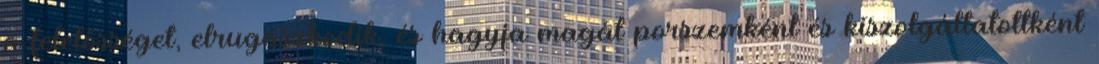
a felelősséget, elrugaszkodik, és hagyja magát porszemként és kiszolgáltatottként